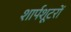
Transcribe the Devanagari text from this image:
शार्पशूटरों